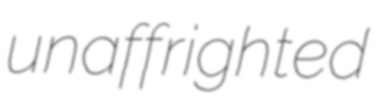
unaffrighted